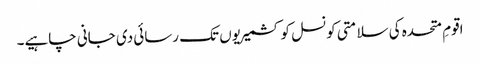
اقومِ متحدہ کی سلامتی کونسل کو کشمیریوں تک رسائی دی جانی چاہیے۔